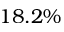
1 8 . 2 \%